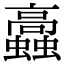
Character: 𧕔